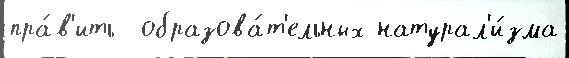
пра́в'ить  образова́т'ельных натурал'и́зма